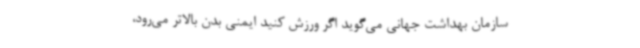
سازمان بهداشت جهانی می‌گوید اگر ورزش کنید ایمنی بدن بالاتر می‌رود،